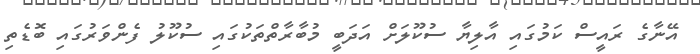
އޭނާގެ ރައީސް ކަމުގައި އާލިޔާ ސުކޫލަށް އަދަބީ މުބާރާތްތަކުގައި ސުކޫލު ފެންވަރުގައި ބޮޑެތި